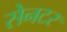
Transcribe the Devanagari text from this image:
सेनटर